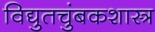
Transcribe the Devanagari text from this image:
विद्युतचुंबकशास्त्र